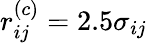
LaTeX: r_{ij}^{(c)}=2.5\sigma_{ij}